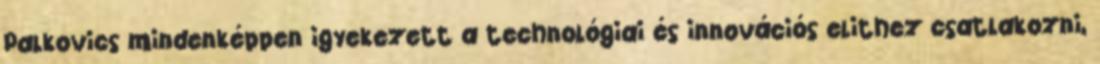
Palkovics mindenképpen igyekezett a technológiai és innovációs elithez csatlakozni,